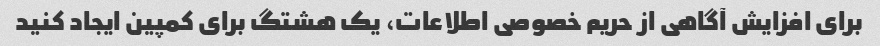
برای افزایش آگاهی از حریم خصوصی اطلاعات، یک هشتگ برای کمپین ایجاد کنید